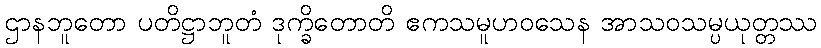
ဌာနဘူတော ပတိဋ္ဌာဘူတံ ဒုက္ခိတောတိ ဧကသမူဟဝသေန အာသဝသမ္ပယုတ္တဿ